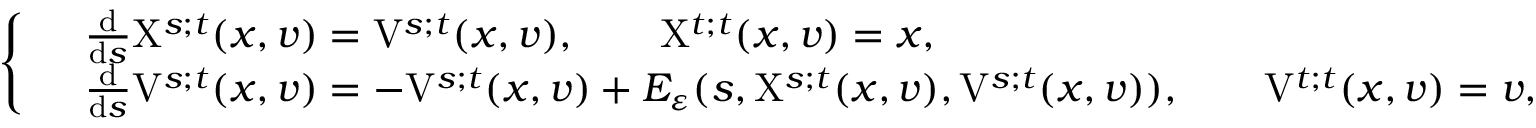
\left\{ \begin{array} { r l } & { \frac { \mathrm { d } } { \mathrm { d } s } \mathrm { X } ^ { s ; t } ( x , v ) = \mathrm { V } ^ { s ; t } ( x , v ) , \qquad \mathrm { X } ^ { t ; t } ( x , v ) = x , } \\ & { \frac { \mathrm { d } } { \mathrm { d } s } \mathrm { V } ^ { s ; t } ( x , v ) = - \mathrm { V } ^ { s ; t } ( x , v ) + E _ { \varepsilon } ( s , \mathrm { X } ^ { s ; t } ( x , v ) , \mathrm { V } ^ { s ; t } ( x , v ) ) , \qquad \mathrm { V } ^ { t ; t } ( x , v ) = v , } \end{array} \right.